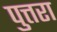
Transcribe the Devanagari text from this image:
पुत्तरा